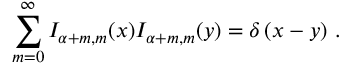
\sum _ { m = 0 } ^ { \infty } I _ { \alpha + m , m } ( x ) I _ { \alpha + m , m } ( y ) = \delta \left( x - y \right) \, .